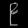
Digit: ၉